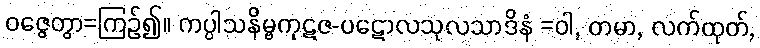
ဝဇ္ဇေတွာ=ကြဉ်၍။ ကပ္ပါသနိမ္ဗကုဋဇ-ပဋောလသုလသာဒိနံ =ဝါ, တမာ, လက်ထုတ်,